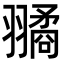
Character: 𦒔